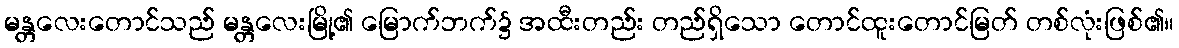
မန္တလေးတောင်သည် မန္တလေးမြို့၏ မြောက်ဘက်၌ အထီးတည်း တည်ရှိသော တောင်ထူးတောင်မြတ် တစ်လုံးဖြစ်၏။